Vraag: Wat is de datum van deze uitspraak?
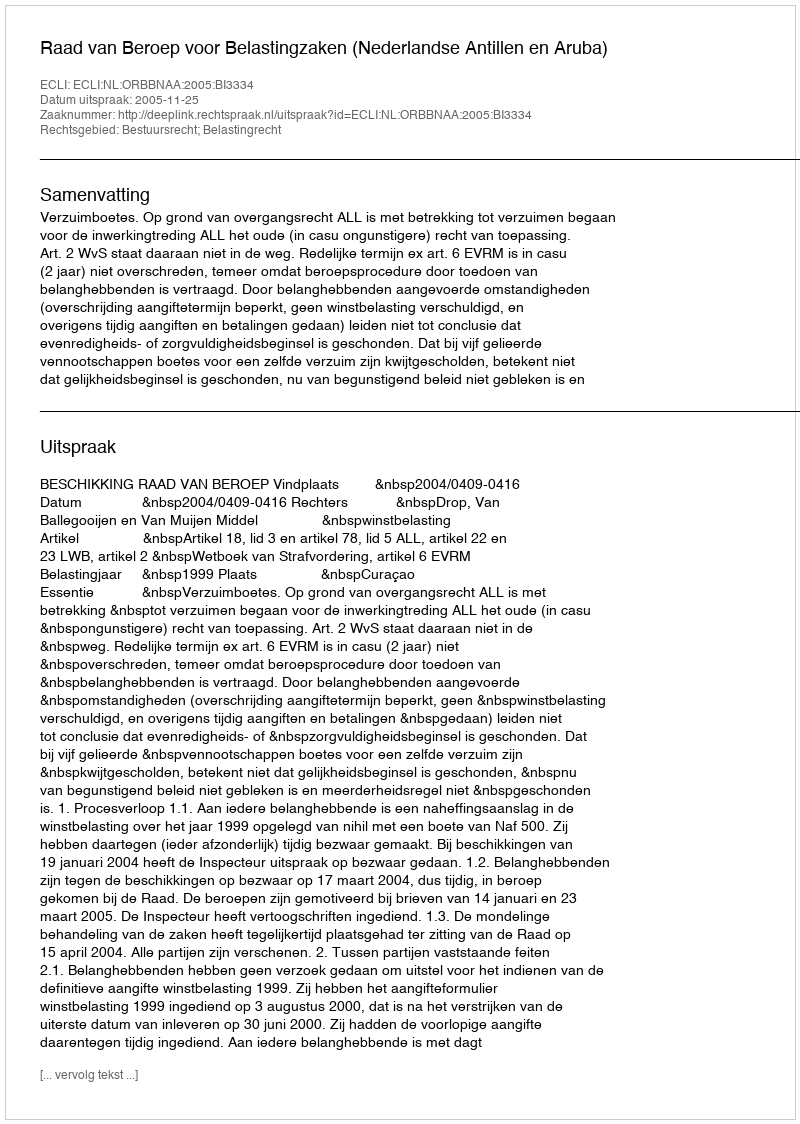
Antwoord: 2005-11-25